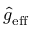
\hat { g } _ { \mathrm { e f f } }